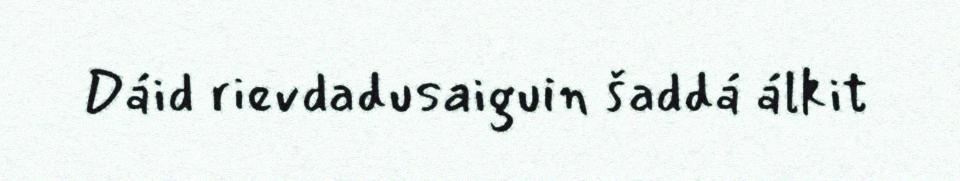
Dáid rievdadusaiguin šaddá álkit